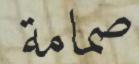
صمامة